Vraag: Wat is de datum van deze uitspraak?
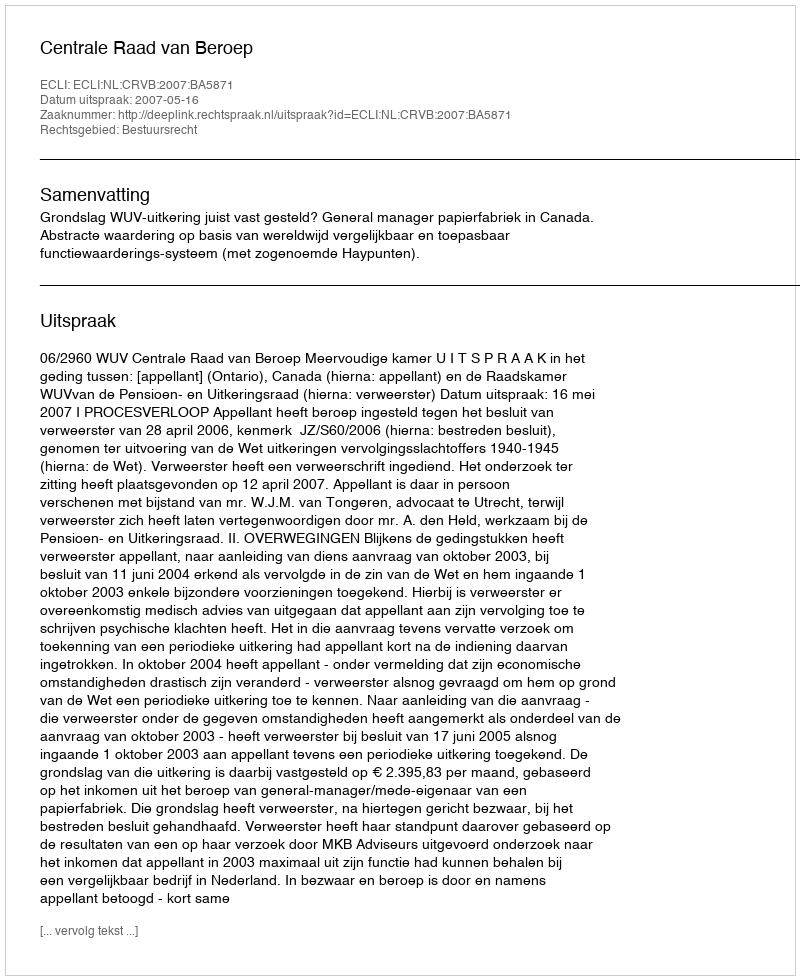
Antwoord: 2007-05-16